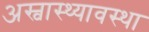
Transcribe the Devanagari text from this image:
अस्वास्थ्यावस्था